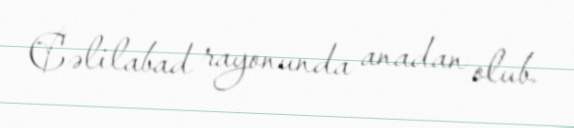
Cəlilabad rayonunda anadan olub.